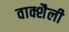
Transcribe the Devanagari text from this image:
वाक्शैली